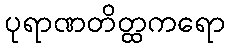
ပုရာဏတိတ္ထကရော